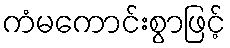
ကံမကောင်းစွာဖြင့်